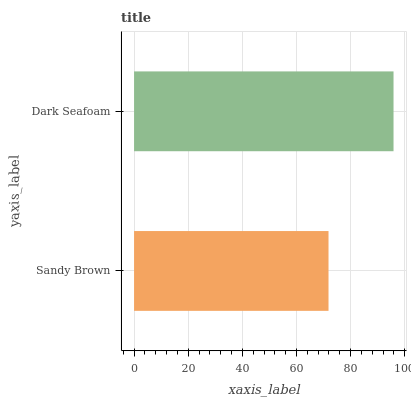
| yaxis_label | bars |
 | --- | --- |
 | Sandy Brown | 71.8 |
 | Dark Seafoam | 95.8 |